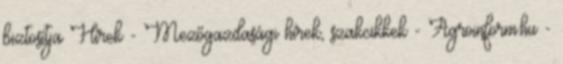
biztosítja Hírek - Mezőgazdasági hírek, szakcikkek - Agroinform.hu -